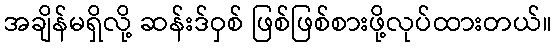
အချိန်မရှိလို့ ဆန်းဒ်ဝှစ် ဖြစ်ဖြစ်စားဖို့လုပ်ထားတယ်။